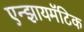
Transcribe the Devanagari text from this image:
एन्झायमॅटिक